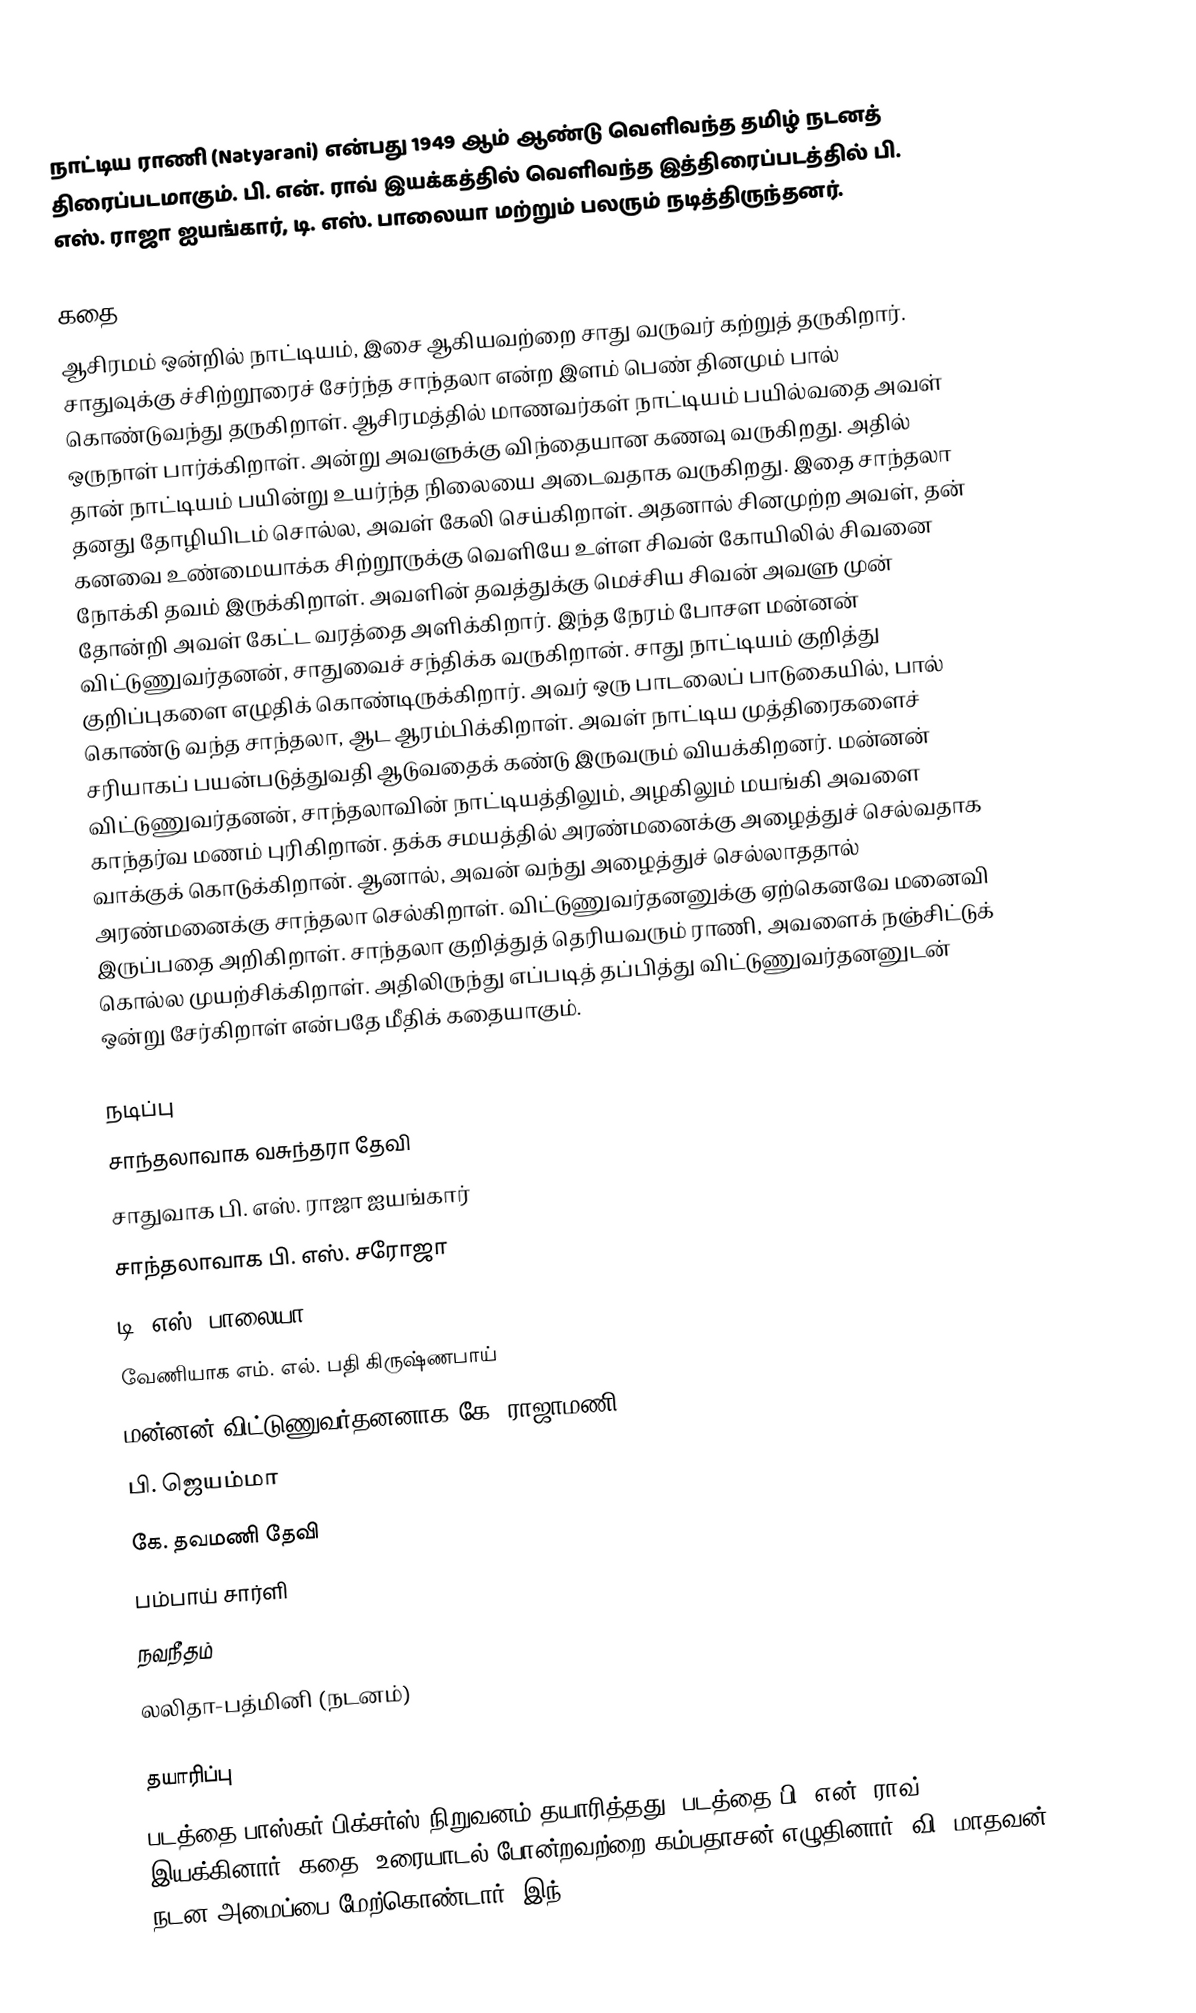
நாட்டிய ராணி (Natyarani) என்பது 1949 ஆம் ஆண்டு வெளிவந்த தமிழ் நடனத் திரைப்படமாகும். பி. என். ராவ் இயக்கத்தில் வெளிவந்த இத்திரைப்படத்தில் பி. எஸ். ராஜா ஐயங்கார், டி. எஸ். பாலையா மற்றும் பலரும் நடித்திருந்தனர்.

கதை
ஆசிரமம் ஒன்றில் நாட்டியம், இசை  ஆகியவற்றை சாது வருவர் கற்றுத் தருகிறார்.  சாதுவுக்கு ச்சிற்றூரைச் சேர்ந்த சாந்தலா என்ற இளம் பெண் தினமும் பால் கொண்டுவந்து தருகிறாள். ஆசிரமத்தில் மாணவர்கள் நாட்டியம் பயில்வதை அவள் ஒருநாள் பார்க்கிறாள். அன்று அவளுக்கு விந்தையான  கணவு வருகிறது. அதில் தான் நாட்டியம் பயின்று உயர்ந்த நிலையை அடைவதாக வருகிறது. இதை சாந்தலா தனது தோழியிடம் சொல்ல, அவள் கேலி செய்கிறாள். அதனால் சினமுற்ற அவள், தன் கனவை உண்மையாக்க சிற்றூருக்கு வெளியே உள்ள சிவன் கோயிலில் சிவனை நோக்கி தவம் இருக்கிறாள். அவளின் தவத்துக்கு மெச்சிய சிவன் அவளு முன் தோன்றி அவள் கேட்ட வரத்தை அளிக்கிறார். இந்த நேரம் போசள மன்னன் விட்டுணுவர்தனன், சாதுவைச் சந்திக்க வருகிறான். சாது நாட்டியம் குறித்து குறிப்புகளை எழுதிக் கொண்டிருக்கிறார். அவர் ஒரு பாடலைப் பாடுகையில், பால் கொண்டு வந்த சாந்தலா, ஆட ஆரம்பிக்கிறாள். அவள் நாட்டிய முத்திரைகளைச் சரியாகப் பயன்படுத்துவதி ஆடுவதைக் கண்டு இருவரும் வியக்கிறனர். மன்னன் விட்டுணுவர்தனன், சாந்தலாவின் நாட்டியத்திலும், அழகிலும் மயங்கி அவளை காந்தர்வ மணம் புரிகிறான். தக்க சமயத்தில் அரண்மனைக்கு அழைத்துச் செல்வதாக வாக்குக் கொடுக்கிறான். ஆனால், அவன் வந்து அழைத்துச் செல்லாததால் அரண்மனைக்கு சாந்தலா செல்கிறாள். விட்டுணுவர்தனனுக்கு ஏற்கெனவே மனைவி இருப்பதை அறிகிறாள். சாந்தலா குறித்துத் தெரியவரும் ராணி, அவளைக் நஞ்சிட்டுக் கொல்ல முயற்சிக்கிறாள். அதிலிருந்து எப்படித் தப்பித்து விட்டுணுவர்தனனுடன் ஒன்று சேர்கிறாள் என்பதே மீதிக் கதையாகும்.

நடிப்பு
 சாந்தலாவாக வசுந்தரா தேவி
 சாதுவாக பி. எஸ். ராஜா ஐயங்கார்
 சாந்தலாவாக பி. எஸ். சரோஜா
 டி. எஸ். பாலையா
 வேணியாக எம். எல். பதி கிருஷ்ணபாய்
 மன்னன் விட்டுணுவர்தனனாக கே. ராஜாமணி
 பி. ஜெயம்மா
 கே. தவமணி தேவி
 பம்பாய் சார்ளி
 நவநீதம்
 லலிதா-பத்மினி (நடனம்)

தயாரிப்பு
படத்தை பாஸ்கர் பிக்சர்ஸ் நிறுவனம் தயாரித்தது. படத்தை பி. என். ராவ் இயக்கினார், கதை, உரையாடல் போன்றவற்றை கம்பதாசன் எழுதினார். வி. மாதவன் நடன அமைப்பை மேற்கொண்டார். இந்